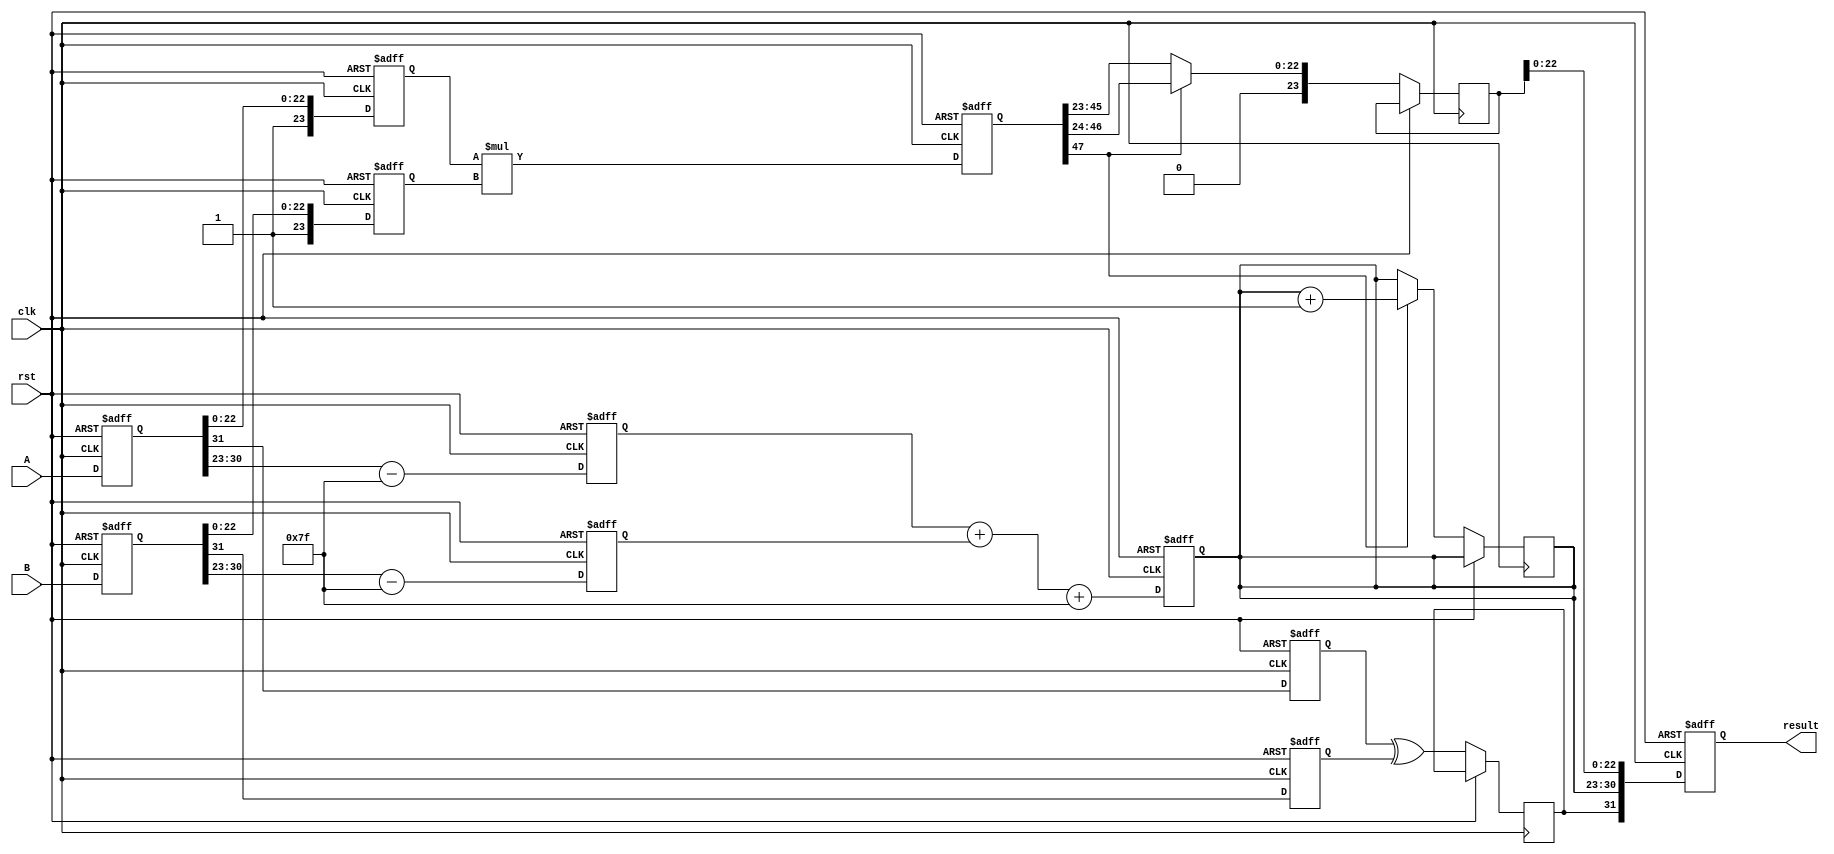
module pipelined_fp_multiplier (
    input clk,
    input rst,
    input [31:0] A, // First floating-point input
    input [31:0] B, // Second floating-point input
    output reg [31:0] result // Result of the multiplication
);

    // Pipeline registers
    reg [31:0] A_reg, B_reg;
    reg [7:0] exp_A, exp_B, exp_result;
    reg [23:0] mant_A, mant_B, mant_result;
    reg sign_A, sign_B, sign_result;
    reg [4:0] shift_count; // For normalization
    reg [47:0] mant_product; // Intermediate product of mantissas

    // Stage 1: Input Registration
    always @(posedge clk or posedge rst) begin
        if (rst) begin
            A_reg <= 32'b0;
            B_reg <= 32'b0;
        end else begin
            A_reg <= A;
            B_reg <= B;
        end
    end

    // Stage 2: Extract and Normalize Mantissas and Exponents
    always @(posedge clk or posedge rst) begin
        if (rst) begin
            exp_A <= 8'b0;
            exp_B <= 8'b0;
            mant_A <= 24'b0; // 1 bit hidden
            mant_B <= 24'b0; // 1 bit hidden
            sign_A <= 1'b0;
            sign_B <= 1'b0;
        end else begin
            sign_A <= A_reg[31];
            sign_B <= B_reg[31];
            exp_A <= A_reg[30:23] - 8'd127; // Unbias exponent
            exp_B <= B_reg[30:23] - 8'd127; // Unbias exponent
            mant_A <= {1'b1, A_reg[22:0]}; // Add hidden bit
            mant_B <= {1'b1, B_reg[22:0]}; // Add hidden bit
        end
    end

    // Stage 3: Mantissa Multiplication
    always @(posedge clk or posedge rst) begin
        if (rst) begin
            mant_product <= 48'b0;
        end else begin
            mant_product <= mant_A * mant_B; // Multiply mantissas
        end
    end

    // Stage 4: Exponent Addition
    always @(posedge clk or posedge rst) begin
        if (rst) begin
            exp_result <= 8'b0;
        end else begin
            exp_result <= exp_A + exp_B + 8'd127; // Add exponents and bias
        end
    end

    // Stage 5: Result Normalization and Output Registration
    always @(posedge clk or posedge rst) begin
        if (rst) begin
            result <= 32'b0;
        end else begin
            // Normalize the mantissa if necessary
            if (mant_product[47]) begin // If the product is greater than 1
                mant_result <= mant_product[46:24]; // Shift right
                exp_result <= exp_result + 1; // Adjust exponent
            end else begin
                mant_result <= mant_product[45:23]; // Keep as is
            end
            
            // Handle sign
            sign_result <= sign_A ^ sign_B; // XOR for sign
            
            // Assemble final result
            result <= {sign_result, exp_result[7:0], mant_result[22:0]};
        end
    end

endmodule